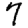
Digit: 7